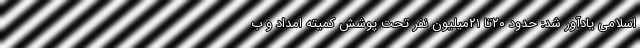
اسلامی یادآور شد: حدود ۲۰تا ۲۱میلیون نفر تحت پوشش کمیته امداد و ب